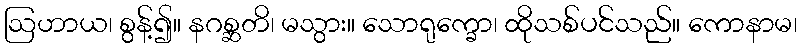
ဩဟာယ၊ စွန့်၍။ နဂစ္ဆတိ၊ မသွား။ သောရုက္ခော၊ ထိုသစ်ပင်သည်။ ကောနာမ၊